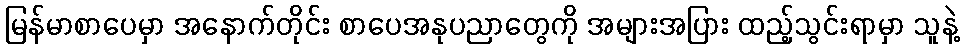
မြန်မာစာပေမှာ အနောက်တိုင်း စာပေအနုပညာတွေကို အများအပြား ထည့်သွင်းရာမှာ သူနဲ့